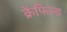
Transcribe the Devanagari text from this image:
क्रेंफिल्ड